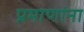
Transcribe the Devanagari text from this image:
प्रमाणांना